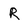
Character: R